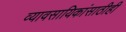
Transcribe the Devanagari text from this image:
व्यावसायिकांसाठीही